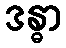
ဒန္ဓာ